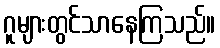
ဂူများတွင်သာနေကြသည်။